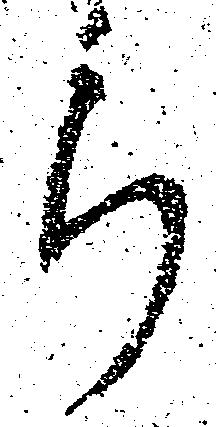
ら